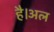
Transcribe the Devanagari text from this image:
है।अल